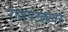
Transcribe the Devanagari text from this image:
राजपटलावर